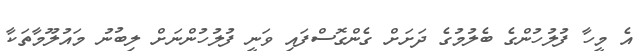
އެ މީހާ ފުލުހުންގެ ބެލުމުގެ ދަށަށް ގެންގޮސްފައި ވަނީ ފުލުހުންނަށް ލިބުނު މައުލޫމާތަކާ